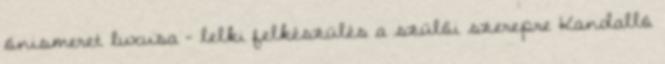
önismeret luxusa – lelki felkészülés a szülői szerepre Kandalló